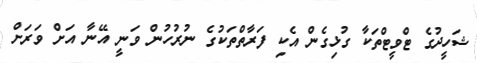
ޝަހީދުގެ ޓްވީޓްތަކާ ގުޅިގެން އެކި ފަރާތްތަކުގެ ނުރުހުން ވަނީ އޭނާ އަށް ވަރަށް